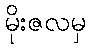
မိုးဇလမှ